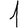
Digit: 1